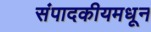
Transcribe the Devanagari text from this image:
संपादकीयमधून